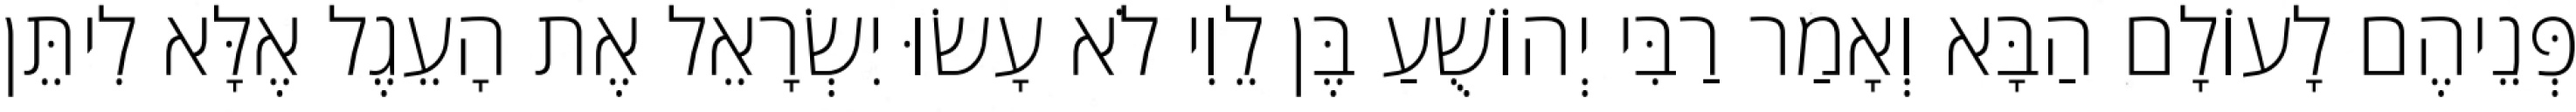
פְּנֵיהֶם לָעוֹלָם הַבָּא וְאָמַר רַבִּי יְהוֹשֻׁעַ בֶּן לֵוִי לֹא עָשׂוּ יִשְׂרָאֵל אֶת הָעֵגֶל אֶלָּא לִיתֵּן